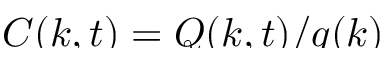
\smash { C ( k , t ) = Q ( k , t ) / q ( k ) }